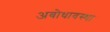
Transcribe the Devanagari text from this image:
अबोधावस्था